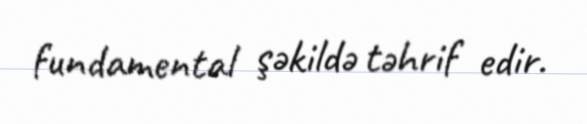
fundamental şəkildə təhrif edir.